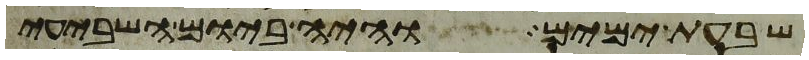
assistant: שבעת ימים והיה ביום השביעי